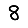
Digit: 8